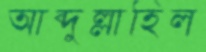
আব্দুল্লাহিল